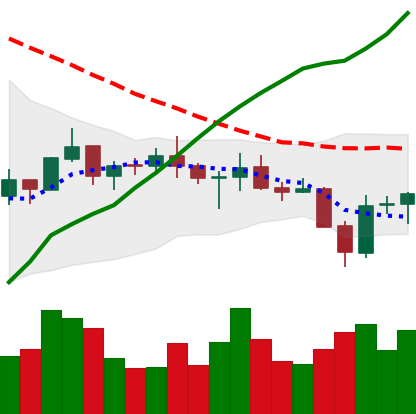
Ticker: BNB-USD
Chart end date: 2021-07-23
Forward return: 4.727%
Label: up_3_5